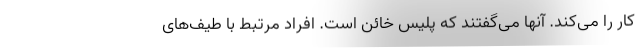
کار را می‌کند. آنها می‌گفتند که پلیس خائن است. افراد مرتبط با طیف‌های